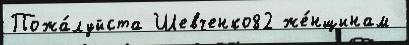
Пожа́луйста Шевченко82 же́нщинам